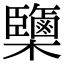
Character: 𣠿